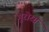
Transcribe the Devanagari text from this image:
गुरोरग्र